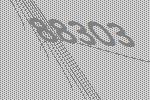
88303